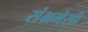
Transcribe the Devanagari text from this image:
संभ्रमेसी